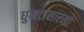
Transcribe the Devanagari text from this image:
घुमटासारखा